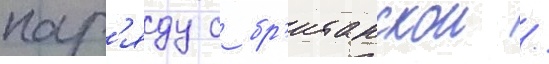
нар'яду с бр'итанскои /